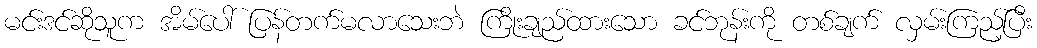
မင်းဒင်ဆိုသူက အိမ်ပေါ် ပြန်တက်မလာသေးဘဲ ကြိုးချည်ထားသော ခင်ဘုန်းကို တစ်ချက် လှမ်းကြည့်ပြီး